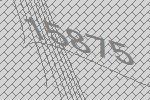
15875